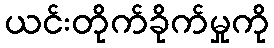
ယင်းတိုက်ခိုက်မှုကို